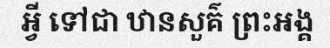
អ្វី ទៅជា ឋានសួគ៌ ព្រះអង្គ